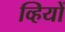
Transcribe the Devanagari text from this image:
व्हियों